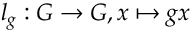
l _ { g } : G \to G , x \mapsto g x